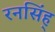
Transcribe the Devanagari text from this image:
रनसिंह्